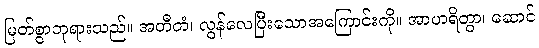
မြတ်စွာဘုရားသည်။ အတီတံ၊ လွန်လေပြီးသောအကြောင်းကို။ အာဟရိတွာ၊ ဆောင်